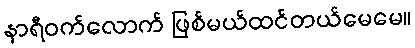
နာရီဝက်လောက် ဖြစ်မယ်ထင်တယ်မေမေ။